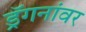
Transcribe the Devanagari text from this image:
ड्रॅगनांवर